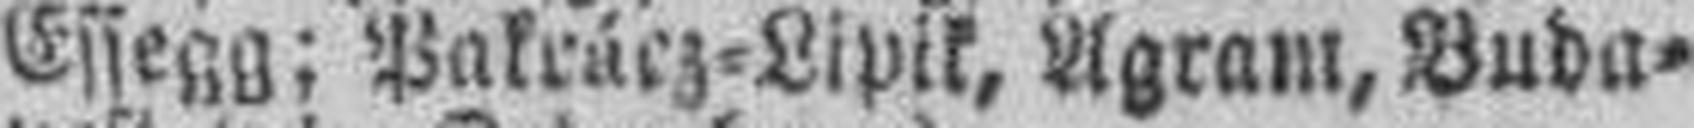
Essegg; Pakrácz=Lipik, Agram, Buda¬